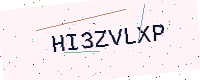
Text: HI3ZVLXP